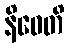
နိဓေတိ